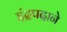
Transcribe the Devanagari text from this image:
इंद्रपदाने